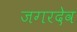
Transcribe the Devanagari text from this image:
जगरदेव